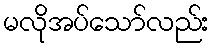
မလိုအပ်သော်လည်း